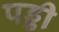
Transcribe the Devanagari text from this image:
पड्डी